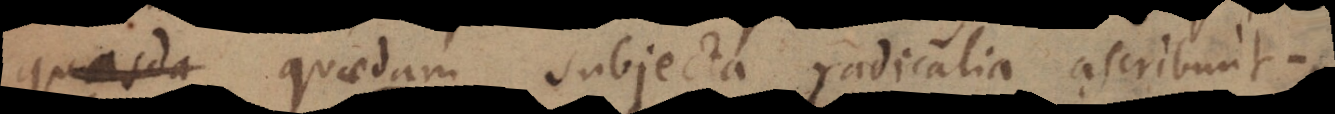
quasi quaedam subjecta radicalia ascribunt.